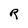
Character: R